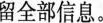
留全部信息。